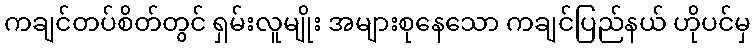
ကချင်တပ်စိတ်တွင် ရှမ်းလူမျိုး အများစုနေသော ကချင်ပြည်နယ် ဟိုပင်မှ